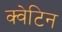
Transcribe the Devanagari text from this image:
क्वेटिन